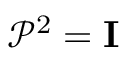
\mathcal { P } ^ { 2 } = \mathbf { I }